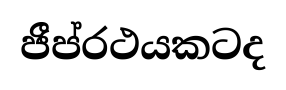
ජීප්රථයකටද